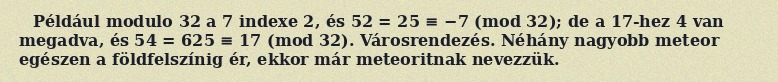
Például modulo 32 a 7 indexe 2, és 52 = 25 ≡ −7 (mod 32); de a 17-hez 4 van megadva, és 54 = 625 ≡ 17 (mod 32). Városrendezés. Néhány nagyobb meteor egészen a földfelszínig ér, ekkor már meteoritnak nevezzük.